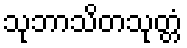
သုဘာသိတသုတ္တံ